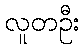
လူတဦး